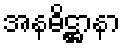
အနဓိဋ္ဌာနာ